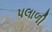
પલાળી